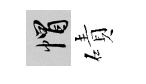
帽磧